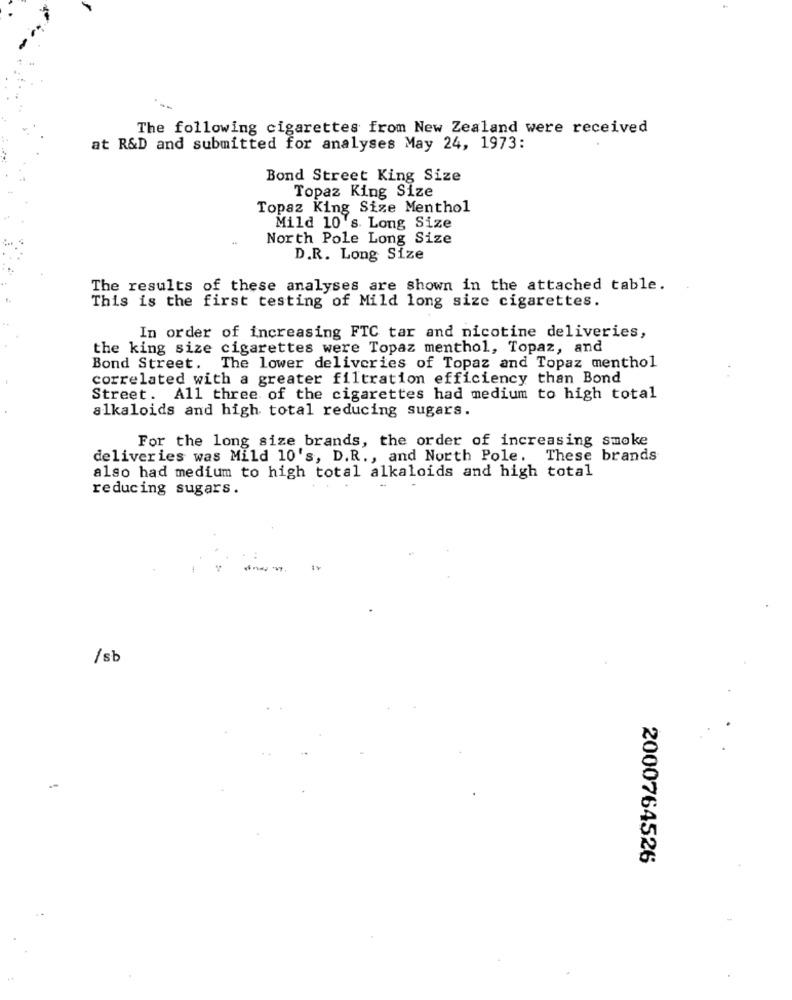
The following cigarettes from New Zealand were received
at R&D and submitted for analyses May 24, 1973:
Bond Street King Size
Topaz King Size
Topaz King Size Menthol
Mild 10's. Long Size
North Pole Long Size
D.R. Long Size
The results of these analyses are shown in the attached table.
This is the first testing of Mild long size cigarettes.
In order of increasing FTC tar and nicotine deliveries,
the king size cigarettes were Topaz menthol, Topaz, and
Bond Street. The lower deliveries of Topaz and Topaz menthol
correlated with a greater filtration efficiency than Bond
Street. All three of the cigarettes had medium to high total
alkaloids and high total reducing sugars.
For the long size brands, the order of increasing smoke
deliveries was Mild 10's, D.R ., and North Pole. These brands
also had medium to high total alkaloids and high total
reducing sugars.
/sb
--
2000764526